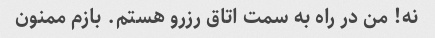
نه! من در راه به سمت اتاق رزرو هستم. بازم ممنون